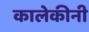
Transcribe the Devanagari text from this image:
कालेकीनी